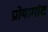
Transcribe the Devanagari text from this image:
प्रोयागांद